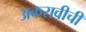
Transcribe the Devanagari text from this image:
अकरावीची